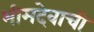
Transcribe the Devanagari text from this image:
भीमदेवाची